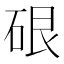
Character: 硍